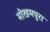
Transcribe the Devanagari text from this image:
मोखमपुरा